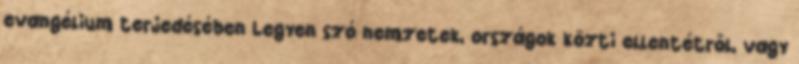
evangélium terjedésében Legyen szó nemzetek, országok közti ellentétről, vagy